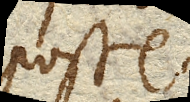
posse.